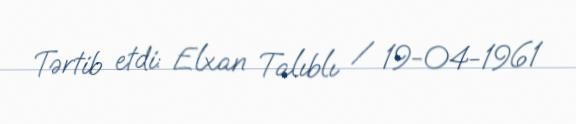
Tərtib etdi: Elxan Talıblı / 19-04-1961